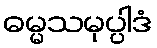
ဓမ္မသမုပ္ပါဒံ